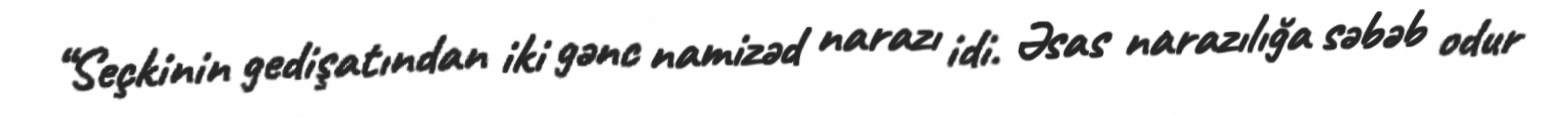
“Seçkinin gedişatından iki gənc namizəd narazı idi. Əsas narazılığa səbəb odur